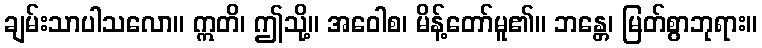
ချမ်းသာပါသလော။ ဣတိ၊ ဤသို့။ အဝေါစ၊ မိန့်တော်မူ၏။ ဘန္တေ၊ မြတ်စွာဘုရား။